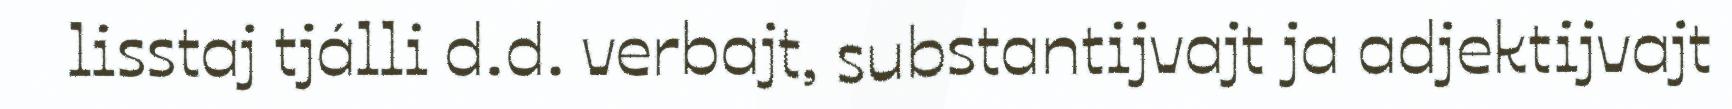
lisstaj tjálli d.d. verbajt, substantijvajt ja adjektijvajt